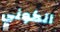
الكوني